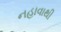
નહાવાથી